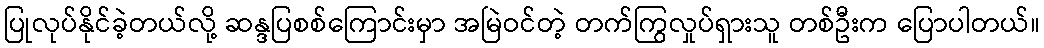
ပြုလုပ်နိုင်ခဲ့တယ်လို့ ဆန္ဒပြစစ်ကြောင်းမှာ အမြဲဝင်တဲ့ တက်ကြွလှုပ်ရှားသူ တစ်ဦးက ပြောပါတယ်။